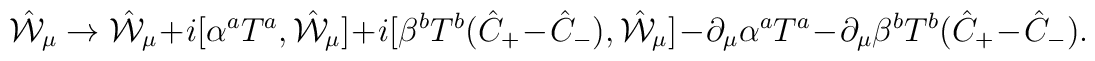
\hat{\cal W}_{\mu} \to \hat{\cal W}_{\mu}+ i [\alpha^a T^a, \hat{\cal W}_{\mu}]+ i [\beta^b T^b (\hat{C}_+ - \hat{C}_-), \hat{\cal W}_{\mu}]- \partial_{\mu}\alpha^a T^a- \partial_{\mu}\beta^b T^b (\hat{C}_+ - \hat{C}_-).